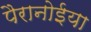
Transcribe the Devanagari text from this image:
पैरानोईया